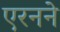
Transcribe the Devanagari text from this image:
एरनने